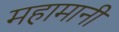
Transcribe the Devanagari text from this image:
महामानी